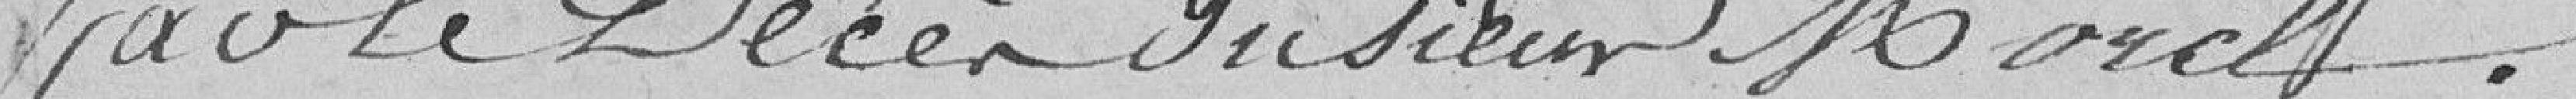
par le décès du sieur Morel.